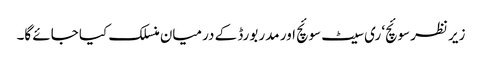
زیر نظر سوئچ‘ ری سیٹ سوئچ اور مدر بورڈ کے درمیان منسلک کیا جائے گا۔